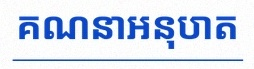
គណនាអនុបាត